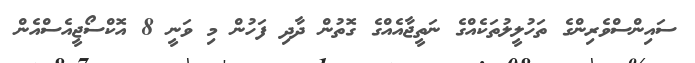
ސައިންސްވެރިންގެ ތަހުލީލުތަކެއްގެ ނަތީޖާއެއްގެ ގޮތުން ދާދި ފަހުން މި ވަނީ 8 އޮކްސޯޖީއެސްއެން